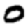
Digit: 0